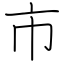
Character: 市